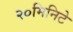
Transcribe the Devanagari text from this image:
२०मिनिटे